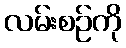
လမ်းစဉ်ကို